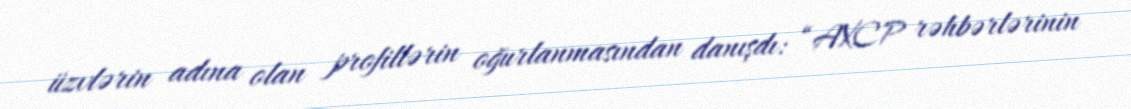
üzvlərin adına olan profillərin oğurlanmasından danışdı: “AXCP rəhbərlərinin